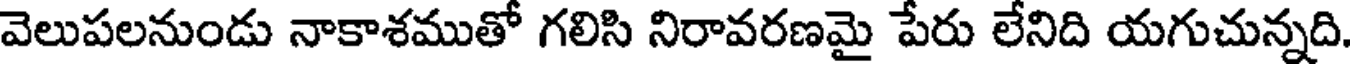
వెలుపలనుండు నాకాశముతో గలిసి నిరావరణమై పేరు లేనిది యగుచున్నది